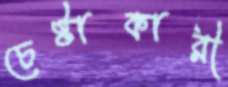
চেষ্টাকারী